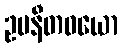
ဥပနီတဝယော